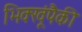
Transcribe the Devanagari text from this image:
भिक्खूंपैकी